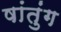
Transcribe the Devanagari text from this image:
षांतुंग